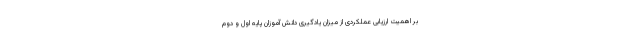
بر اهمیت ارزیابی عملکردی از میزان یادگیری دانش آموزان پایه اول و دوم